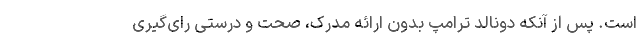
است. پس از آنکه دونالد ترامپ بدون ارائه مدرک، صحت و درستی رای‌گیری